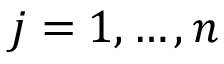
j = 1 , \dots , n